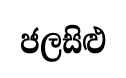
ජලසිළු